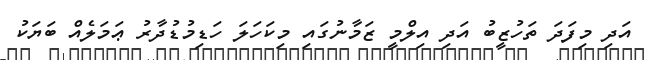
އަދި މިފަދަ ތަހުޒީބު އަދި އިލްމީ ޒަމާނުގައި މިކަހަލަ ހަޑިމުޑުދާރު ޢަމަލެއް ބަޔަކު